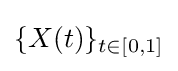
\{X(t)\}_{t\in [0,1]}